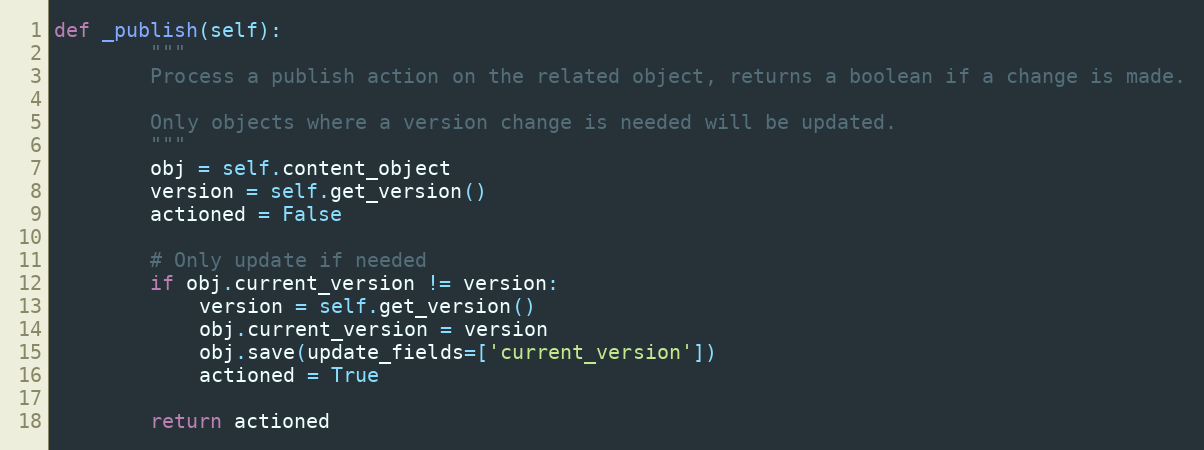
Language: Python
def _publish(self):
        """
        Process a publish action on the related object, returns a boolean if a change is made.

        Only objects where a version change is needed will be updated.
        """
        obj = self.content_object
        version = self.get_version()
        actioned = False

        # Only update if needed
        if obj.current_version != version:
            version = self.get_version()
            obj.current_version = version
            obj.save(update_fields=['current_version'])
            actioned = True

        return actioned